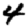
Digit: 4